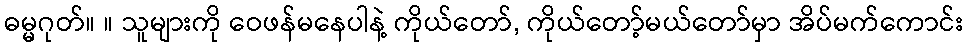
ဓမ္မဂုတ်။ ။ သူများကို ဝေဖန်မနေပါနဲ့ ကိုယ်တော်, ကိုယ်တော့်မယ်တော်မှာ အိပ်မက်ကောင်း